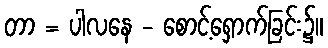
တာ = ပါလနေ - စောင့်ရှောက်ခြင်း၌။